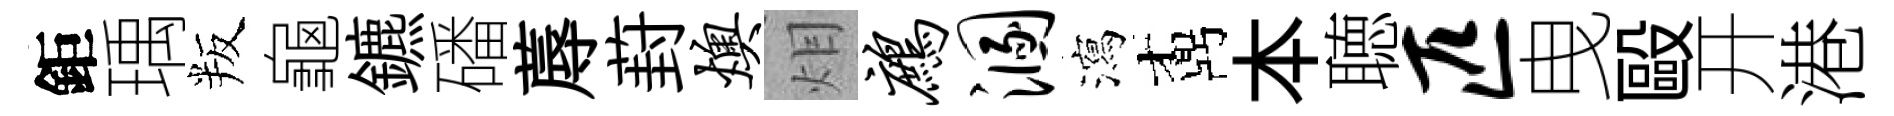
鉅瑀叛龜鑣磻蓐葑燠𤇆鹧溷瀉鼒本聴匹曳毆开港